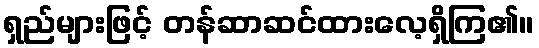
ရှည်များဖြင့် တန်ဆာဆင်ထားလေ့ရှိကြ၏။